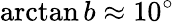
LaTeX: \arctan b\approx 10^{\circ}